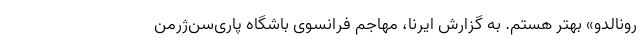
رونالدو» بهتر هستم. به گزارش ایرنا، مهاجم فرانسوی باشگاه پاری‌سن‌ژرمن